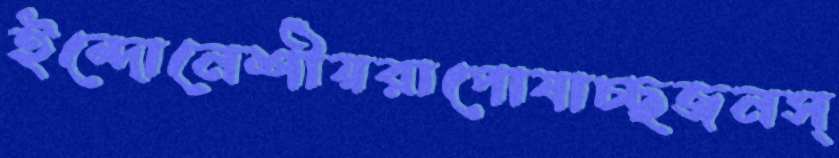
ইন্দোনেশীয়রাপোষাচ্ছজনস্